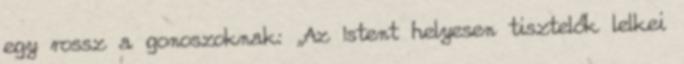
egy rossz a gonoszoknak: „Az Istent helyesen tisztelők lelkei